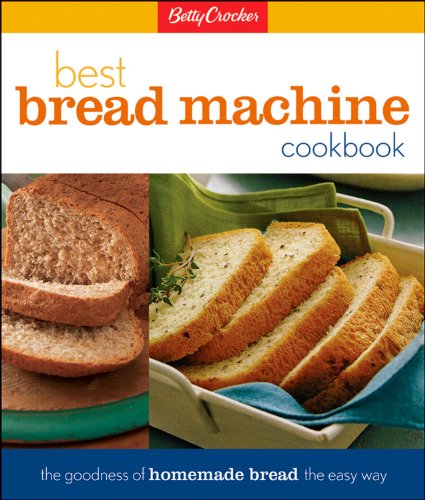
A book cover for Betty Crockers Best Bread Machine Cookbook (Betty Crocker Cooking); Betty Crocker; Cookbooks, Food & Wine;